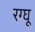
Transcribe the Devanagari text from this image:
रग्घू